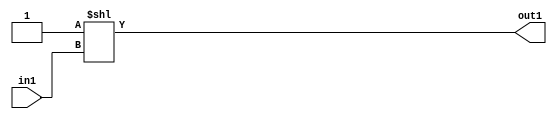
`timescale 1ps / 1ps
/*****************************************************************************
    Verilog RTL Description
    
    Generated at: 22:53:05 EST (-0500), Tuesday 17 November 2020
    Generated on: zhang-x1.ece.cornell.edu
    Generated by: jl3952 (Jie Liu)
    
    Created by: Stratus DpOpt 2017.1.02 
    Copyright (c) 2014-2015 Cadence Design Systems. All rights reserved worldwide.
    
    Cadence Design Systems proprietary and confidential
    ===================================================
    
    May contain information that incorporates Cadence Design Systems CellMath
    and other inventions claimed in Pending U.S. Patents.
    
    May contain Cadence Design Systems Trade Secrets of which use, disclosure or
    reproduction is contractually restricted or prohibited.  For more
    information, contact your legal department before any use, disclosure or
    reproduction.
*******************************************************************************/

module dut_DECODE_32U_4_4 (
	in1,
	out1
	); /* architecture "behavioural" */ 
input [4:0] in1;
output [31:0] out1;
wire [31:0] asc001;

assign asc001 = 32'B00000000000000000000000000000001 << in1;

assign out1 = asc001;
endmodule

/* CADENCE  ubD4SwA= : u9/ySgnYtBlWxVDRUQkU4ug= ** DO NOT EDIT THIS LINE ******/